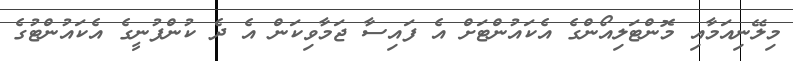
މިލޭނިއަމާއި މޮންޓަލިއޯންގެ އެކައުންޓަށް އެ ފައިސާ ޖަމާވިކަން އެ ދެ ކުންފުނީގެ އެކައުންޓުގެ